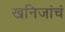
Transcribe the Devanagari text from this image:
खनिजांचं